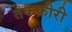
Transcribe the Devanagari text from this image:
तकफ़ीरी